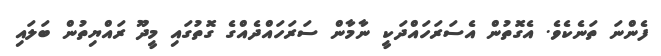
ފެންނަ ތަނެކެވެ. އެގޮތުން އެސަރަހައްދަކީ ނާމާން ސަރަހައްދެއްގެ ގޮތުގައި މީދޫ ރައްޔިތުން ބަލައި